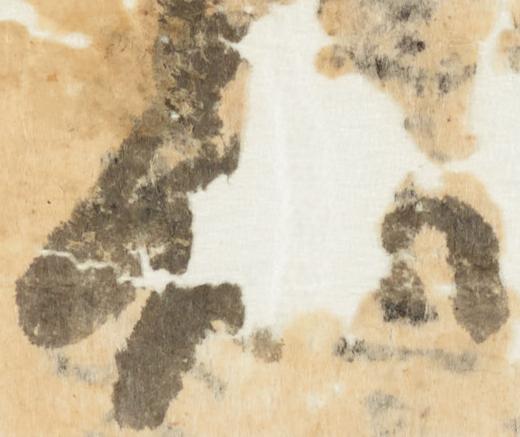
知